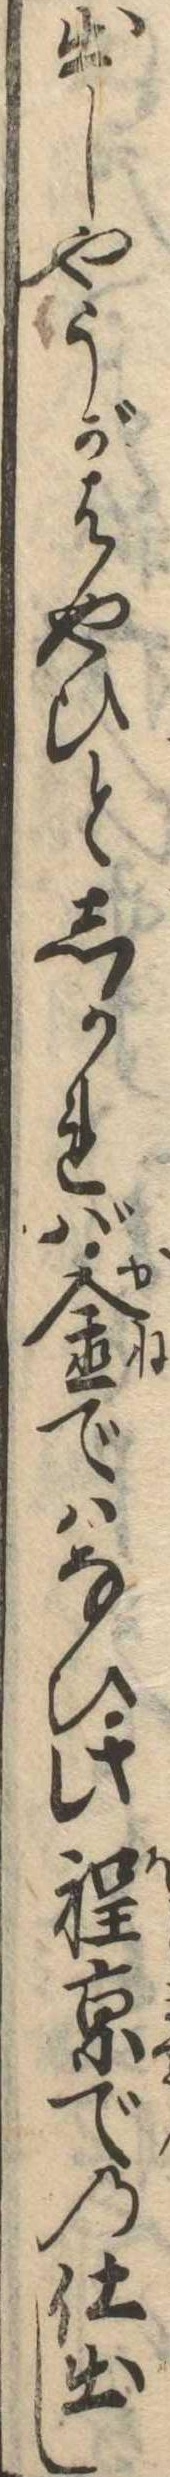
出しやうがはやひとしかれば金ではなひ此程京での仕出し